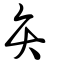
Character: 弁